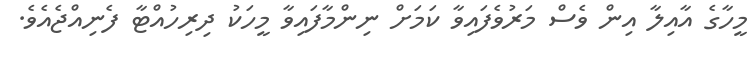
މީހާގެ އާއިލާ އިން ވެސް މަރުވެފައިވާ ކަމަށް ނިންމާފައިވާ މީހަކު ދިރިހުއްޓާ ފެނިއްޖެއެވެ.